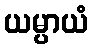
ယမ္ပာယံ